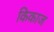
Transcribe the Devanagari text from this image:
किकाज